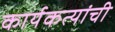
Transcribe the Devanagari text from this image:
कार्यकत्यांची